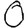
Digit: 0